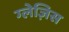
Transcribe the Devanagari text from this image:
ग्लेज़िस